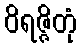
ဝိရဇ္ဇိတုံ